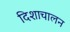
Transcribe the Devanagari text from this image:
दिशाचालन